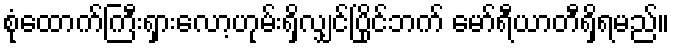
စုံထောက်ကြီးရှားလော့ဟုမ်းရှိလျှင်ပြိုင်ဘက် မော်ရီယာတီရှိရမည်။